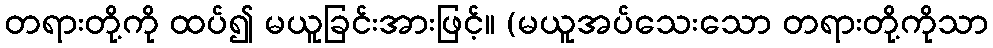
တရားတို့ကို ထပ်၍ မယူခြင်းအားဖြင့်။ (မယူအပ်သေးသော တရားတို့ကိုသာ